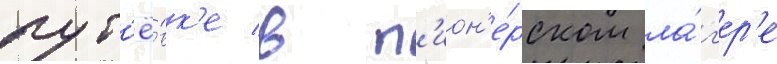
пут'ё́вк'е в п'ион'е́рском ла́г'ер'е